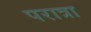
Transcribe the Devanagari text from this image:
परात्रा